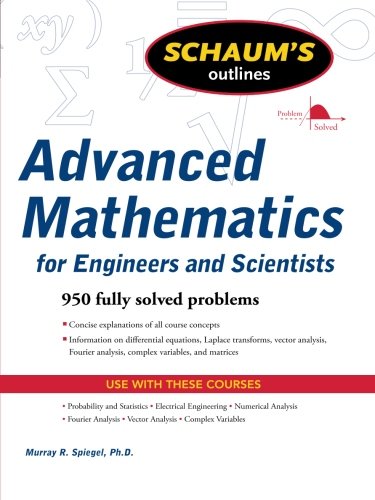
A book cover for Schaum's Outline of Advanced Mathematics for Engineers and Scientists (Schaum's Outlines); Murray Spiegel; Education & Teaching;